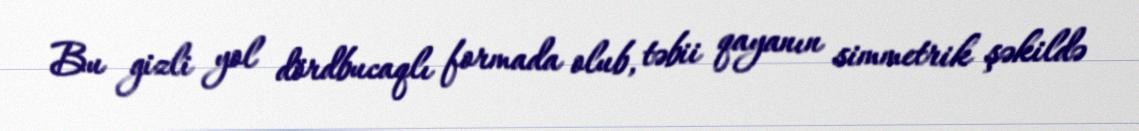
Bu gizli yol dördbucaqlı formada olub, təbii qayanın simmetrik şəkildə